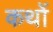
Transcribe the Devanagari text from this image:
कथों